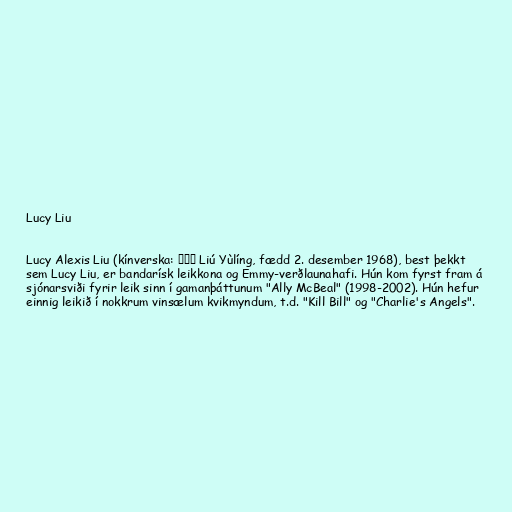
Lucy Liu

Lucy Alexis Liu (kínverska: 劉玉玲 Liú Yùlíng, fædd 2. desember 1968), best þekkt
sem Lucy Liu, er bandarísk leikkona og Emmy-verðlaunahafi. Hún kom fyrst fram á
sjónarsviði fyrir leik sinn í gamanþáttunum "Ally McBeal" (1998-2002). Hún hefur
einnig leikið í nokkrum vinsælum kvikmyndum, t.d. "Kill Bill" og "Charlie's Angels".